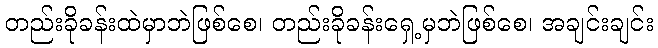
တည်းခိုခန်းထဲမှာဘဲဖြစ်စေ၊ တည်းခိုခန်းရှေ့မှဘဲဖြစ်စေ၊ အချင်းချင်း